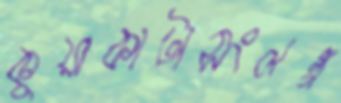
কুয়াকাটাসংলগ্ন